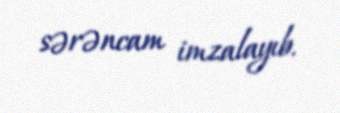
sərəncam imzalayıb.